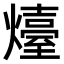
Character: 𤐽